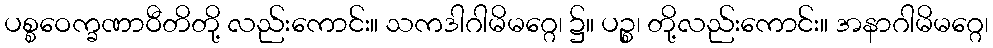
ပစ္စဝေက္ခဏာဝီတိတို့ လည်းကောင်း။ သကဒါဂါမိမဂ္ဂေ၊ ၌။ ပဉ္စ၊ တို့လည်းကောင်း။ အနာဂါမိမဂ္ဂေ၊